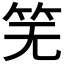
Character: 𫁲